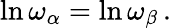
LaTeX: \ln\omega_{\alpha}=\ln\omega_{\beta}\, .